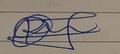
Signature authenticity: genuine